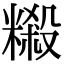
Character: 䊛